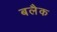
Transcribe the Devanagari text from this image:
बलैक